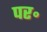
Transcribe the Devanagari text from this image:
पर॰